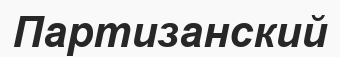
Партизанский